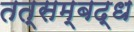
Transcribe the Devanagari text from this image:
तत्सम्बद्ध